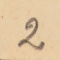
2